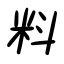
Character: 料